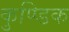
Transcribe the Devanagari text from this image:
कुण्डिक